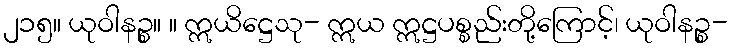
၂၁၅။ ယုဝါနဉ္စ။ ။ ဣယိဋ္ဌေသု- ဣယ ဣဋ္ဌပစ္စည်းတို့ကြောင့်၊ ယုဝါနဉ္စ-